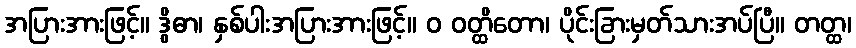
အပြားအားဖြင့်။ ဒွိဓာ၊ နှစ်ပါးအပြားအားဖြင့်။ ဝ ဝတ္ထိတော၊ ပိုင်းခြားမှတ်သားအပ်ပြီ။ တတ္ထ၊